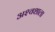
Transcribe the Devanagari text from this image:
अश्‍वशाला